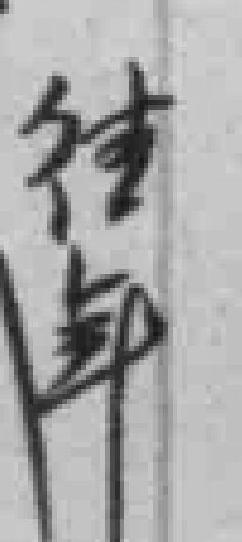
传单